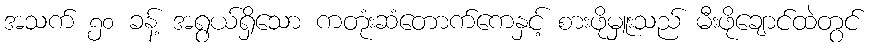
အသက် ၅၀ ခန့် အရွယ်ရှိသော ကတုံးဆံတောက်ကေနှင့် စားဖိုမှူးသည် မီးဖိုချောင်ထဲတွင်